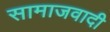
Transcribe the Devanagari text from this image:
सामाजवादी